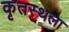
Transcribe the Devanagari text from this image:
कृतस्थला